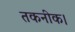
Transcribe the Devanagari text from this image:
तकनीक।